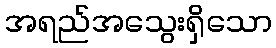
အရည်အသွေးရှိသော